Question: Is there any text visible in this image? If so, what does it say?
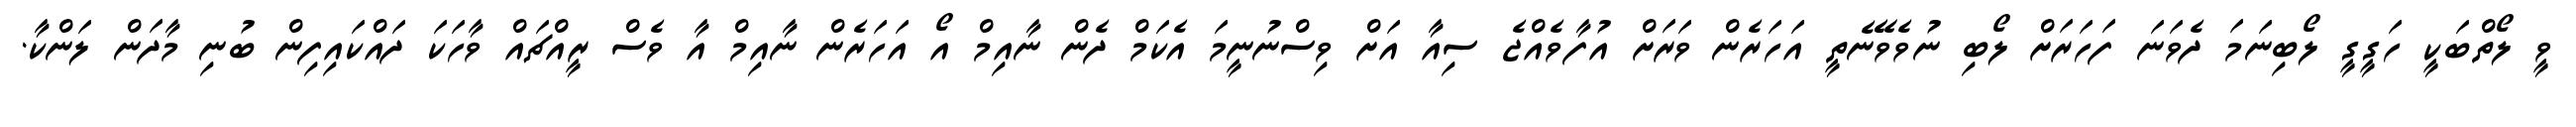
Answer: ވީ ލޯތްބަކީ ހަގީގީ ލޯބިނަމަ ދެވަނަ ފަހަރަށް ލޯބި ނުވެވޭނެތީ އަހަރެން ވަރަށް އުފާވެއްޖެ ސިއާ އަށް ވިސްނުނީމަ އެކަމް ދެން ނާއިމް އޯ އަހަރެން ނާއިމް އާ ވެސް ރީއްޗައް ވާހަކަ ދައްކައިފިން ބުނި މާދަން ލަންކާ.